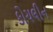
કોચલીન